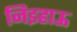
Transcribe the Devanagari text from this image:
निइहाऊ